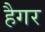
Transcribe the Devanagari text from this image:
हैगर